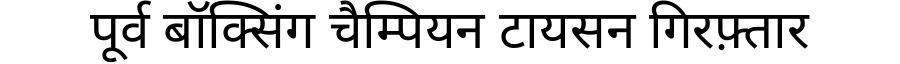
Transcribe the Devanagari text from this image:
पूर्व बॉक्सिंग चैम्पियन टायसन गिरफ़्तार